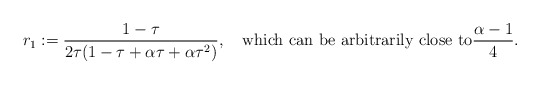
\begin{align*} r_1 := \frac{1-\tau}{2 \tau (1 - \tau + \alpha\tau + \alpha\tau^2)}, \quad\mbox{which can be arbitrarily close to} \frac{\alpha-1}{4}.\end{align*}